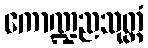
ကောဏ္ဍညသုတ္တံ